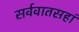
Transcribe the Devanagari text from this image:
सर्ववातसहां